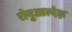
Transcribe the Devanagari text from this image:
रोमुआल्देझ